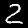
Label: 2